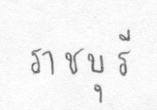
ราชบุรี